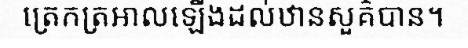
ត្រេកត្រអាលឡើងដល់ឋានសួគ៌បាន។